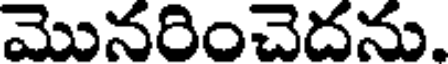
మొనరించెదను.